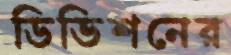
ডিভিশনের